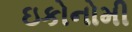
ઇકોનોમી